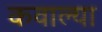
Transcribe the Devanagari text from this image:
कवाल्या